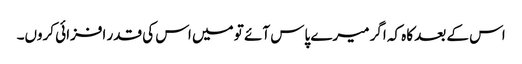
اس کے بعد کاہ کہ اگر میرے پاس آئے تو میں اس کی قدر افزائی کروں۔